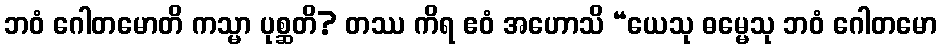
ဘဝံ ဂေါတမောတိ ကသ္မာ ပုစ္ဆတိ? တဿ ကိရ ဧဝံ အဟောသိ “ယေသု ဓမ္မေသု ဘဝံ ဂေါတမော